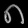
Digit: ၈